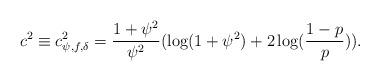
LaTeX: \begin{align*} c^2\equiv c^2_{\psi,f,\delta}=\frac{1+\psi^2}{\psi^2}(\log(1+\psi^2)+ 2\log(\frac{1-p}{p})). \end{align*}